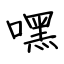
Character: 嘿